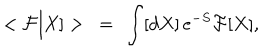
< { \cal F } [ X ] > \ = \ \int [ d X ] \, e ^ { - S } { \cal F } [ X ] ,